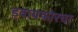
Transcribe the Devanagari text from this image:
ड्वायफोरचा